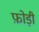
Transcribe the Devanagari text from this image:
फ़ोड़ी